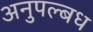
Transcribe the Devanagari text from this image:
अनुपल्बध